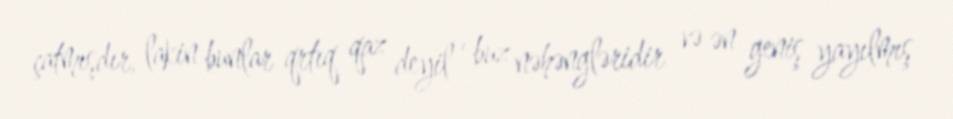
çatmışdır, lakin bunlar qrtıq qaz deyil , buz nəhəngləridir və ən geniş yayılmış